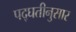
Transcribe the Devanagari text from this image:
पद्घतीनुसार